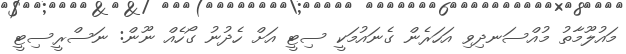
މައުލޫމާތު މުއްސަނދިވި އަހަރެން ގެނައުމަކީ ސިޓީ އަށް ހެދުނު ގޯހެއް ނޫން: ނަސްރީސިޓީ